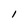
Character: l